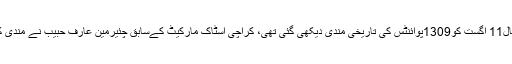
اس سےقبل گذشتہ سال11 اگست کو1309پوائنٹس کی تاریخی مندی دیکھی گئی تھی، کراچی اسٹاک مارکیٹ کےسابق چئیرمین عارف حبیب نے مندی کو کریکشن قرار دیا۔